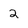
Character: 2